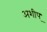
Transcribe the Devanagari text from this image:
अशीप्